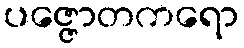
ပဇ္ဇောတကရော